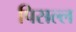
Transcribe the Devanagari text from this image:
पिसल्ल